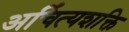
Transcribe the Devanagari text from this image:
अचिंत्यशक्ति